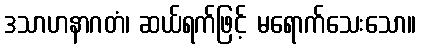
ဒသာဟနာဂတံ၊ ဆယ်ရက်ဖြင့် မရောက်သေးသော။